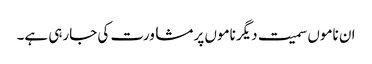
ان ناموں سمیت دیگر ناموں پر مشاورت کی جارہی ہے۔